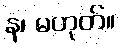
န၊ မဟုတ်။